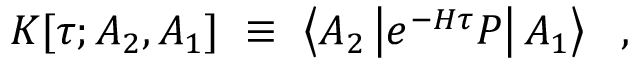
K [ \tau ; A _ { 2 } , A _ { 1 } ] ~ \equiv ~ \left< A _ { 2 } \left| e ^ { - H \tau } P \right| A _ { 1 } \right> ~ ~ ,